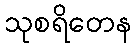
သုစရိတေန